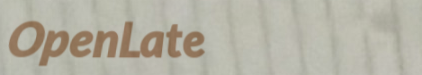
OpenLate